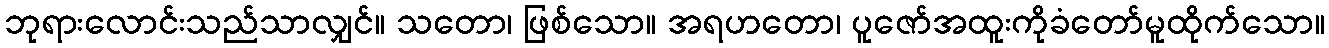
ဘုရားလောင်းသည်သာလျှင်။ သတော၊ ဖြစ်သော။ အရဟတော၊ ပူဇော်အထူးကိုခံတော်မူထိုက်သော။